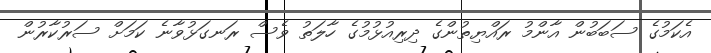
އެކަމުގެ ސަބަބުން އާންމު ރައްޔިތުންގެ ދިރިއުޅުމުގެ ހާލަތު ވެސް ރަނގަޅުވާނެ ކަމަށް ސަރުކާރުން